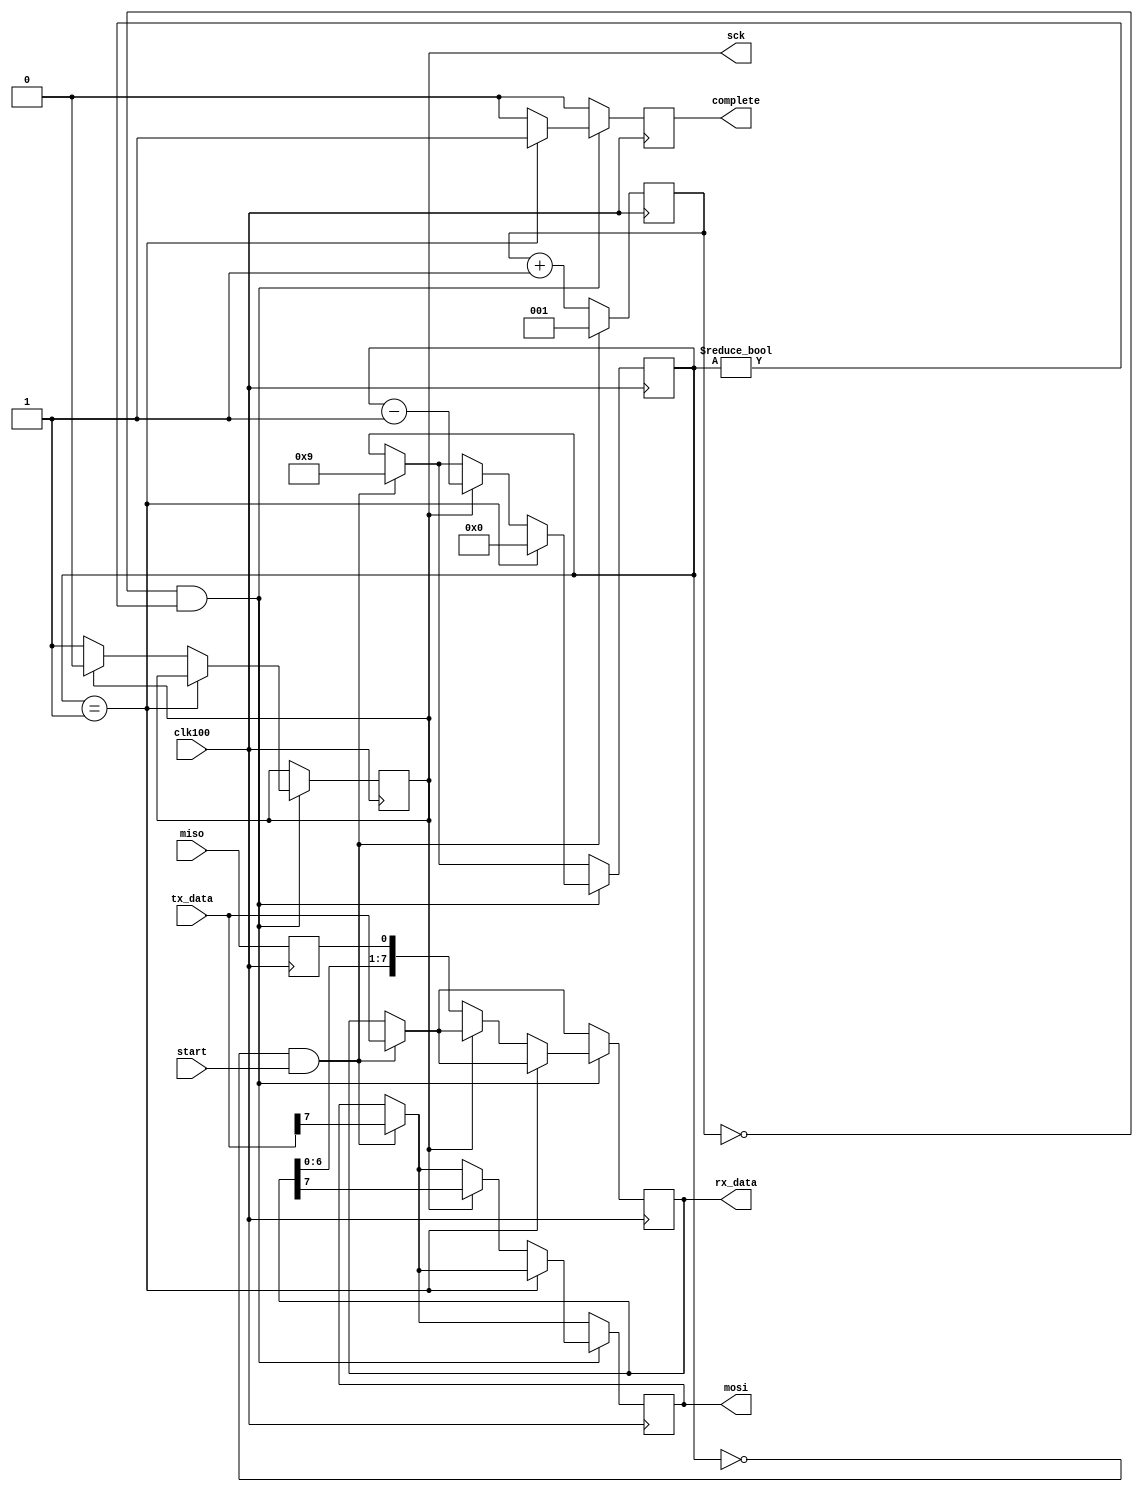
module spi (
    input            clk100,
    output reg       mosi = 0,
    input            miso,
    output reg       sck = 0,
    input      [7:0] tx_data,
    output     [7:0] rx_data,
    input            start,
    output reg       complete = 0
);
    reg [2:0] bitclk   = 0;
    reg [3:0] bits     = 0;
    reg [7:0] buffer   = 0;
    reg       reg_miso = 0;

    assign rx_data = buffer;

    always @(posedge clk100) begin
        reg_miso <= miso;
        bitclk <= bitclk + 1;
        complete <= 0;

        if (bits == 0 && start) begin
            bitclk <= 1;
            mosi <= tx_data[7];
            buffer <= tx_data;
            bits <= 9;
        end

        if (bitclk == 0 && bits != 0) begin
            if (bits == 1) begin
                complete <= 1;
                bits <= 0;
            end else if (sck) begin
                mosi <= buffer[7];
                sck <= 0;

                bits <= bits - 1;
            end else begin
                sck <= 1;
                buffer <= {buffer[6:0], reg_miso};
            end
        end
    end
endmodule